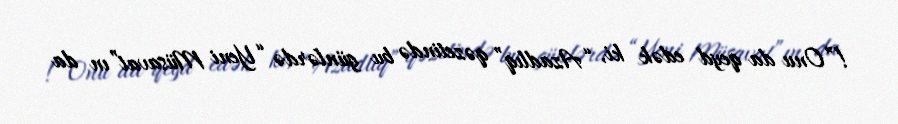
!”Onu da qeyd edək ki, “Azadlıq” qəzetində bu günlərdə “Yeni Müsavat”ın da